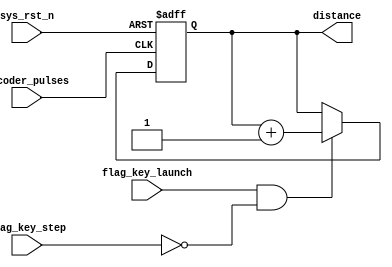
module distance_cnt
(
    input   wire            encoder_pulses  ,      
    input   wire            sys_rst_n       ,    
    input   wire            flag_key_launch , 
    input   wire            flag_key_step   ,  
    
    
    output  reg [19:0]      distance       
);

always@(posedge encoder_pulses or  negedge sys_rst_n)
    if(sys_rst_n    ==  1'b0)
        distance    <=   20'd0;
    else if( flag_key_launch == 1'b1 && flag_key_step == 1'b0)   
        distance    <=  distance    +   20'd1;
    else 
        distance    <=  distance;
endmodule